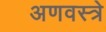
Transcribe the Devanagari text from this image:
अणवस्त्रे